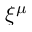
\xi ^ { \mu }